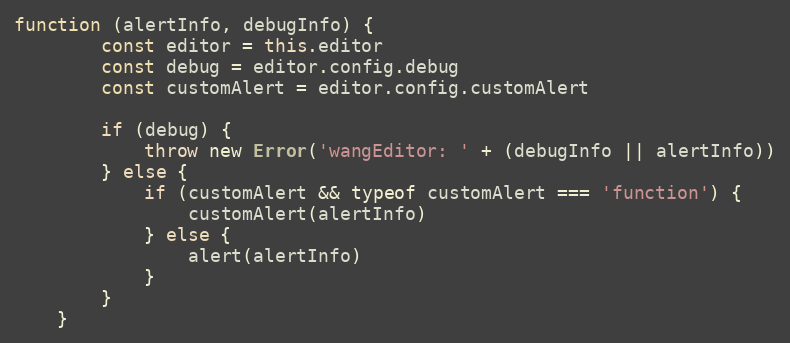
Language: JavaScript
function (alertInfo, debugInfo) {
        const editor = this.editor
        const debug = editor.config.debug
        const customAlert = editor.config.customAlert

        if (debug) {
            throw new Error('wangEditor: ' + (debugInfo || alertInfo))
        } else {
            if (customAlert && typeof customAlert === 'function') {
                customAlert(alertInfo)
            } else {
                alert(alertInfo)
            }
        }
    }